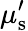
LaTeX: \mu_{\mathrm{s}}^{\prime}